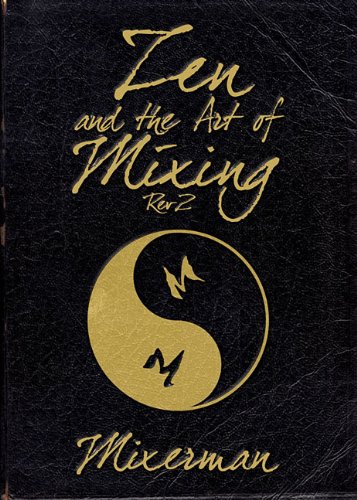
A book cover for Zen and the Art of Mixing: REV2; Mixerman; Arts & Photography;